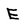
Character: E